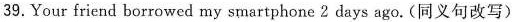
39.Your friend borrowed my smartphone 2 days ago. (同义句改写)